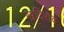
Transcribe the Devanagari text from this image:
खदिरोव